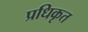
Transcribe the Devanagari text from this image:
प्रधिकृत